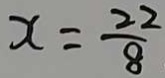
x = \frac { 2 2 } { 8 }